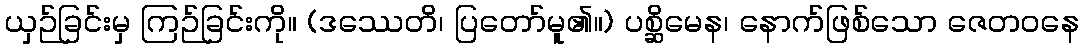
ယှဉ်ခြင်းမှ ကြဉ်ခြင်းကို။ (ဒဿေတိ၊ ပြတော်မူ၏။) ပစ္ဆိမေန၊ နောက်ဖြစ်သော ဇေတဝနေ